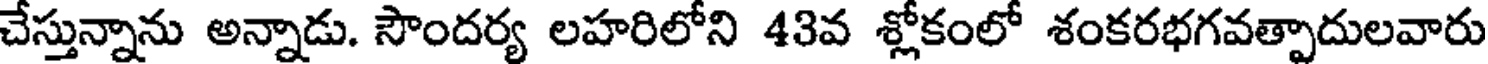
చేస్తున్నాను అన్నాడు. సౌందర్య లహరిలోని 43వ శ్లోకంలో శంకరభగవత్పాదులవారు